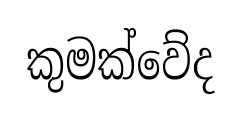
කුමක්වේද